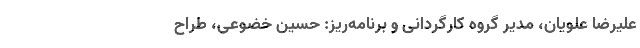
علیرضا علویان، مدیر گروه کارگردانی و برنامه‌ریز: حسین خضوعی، طراح